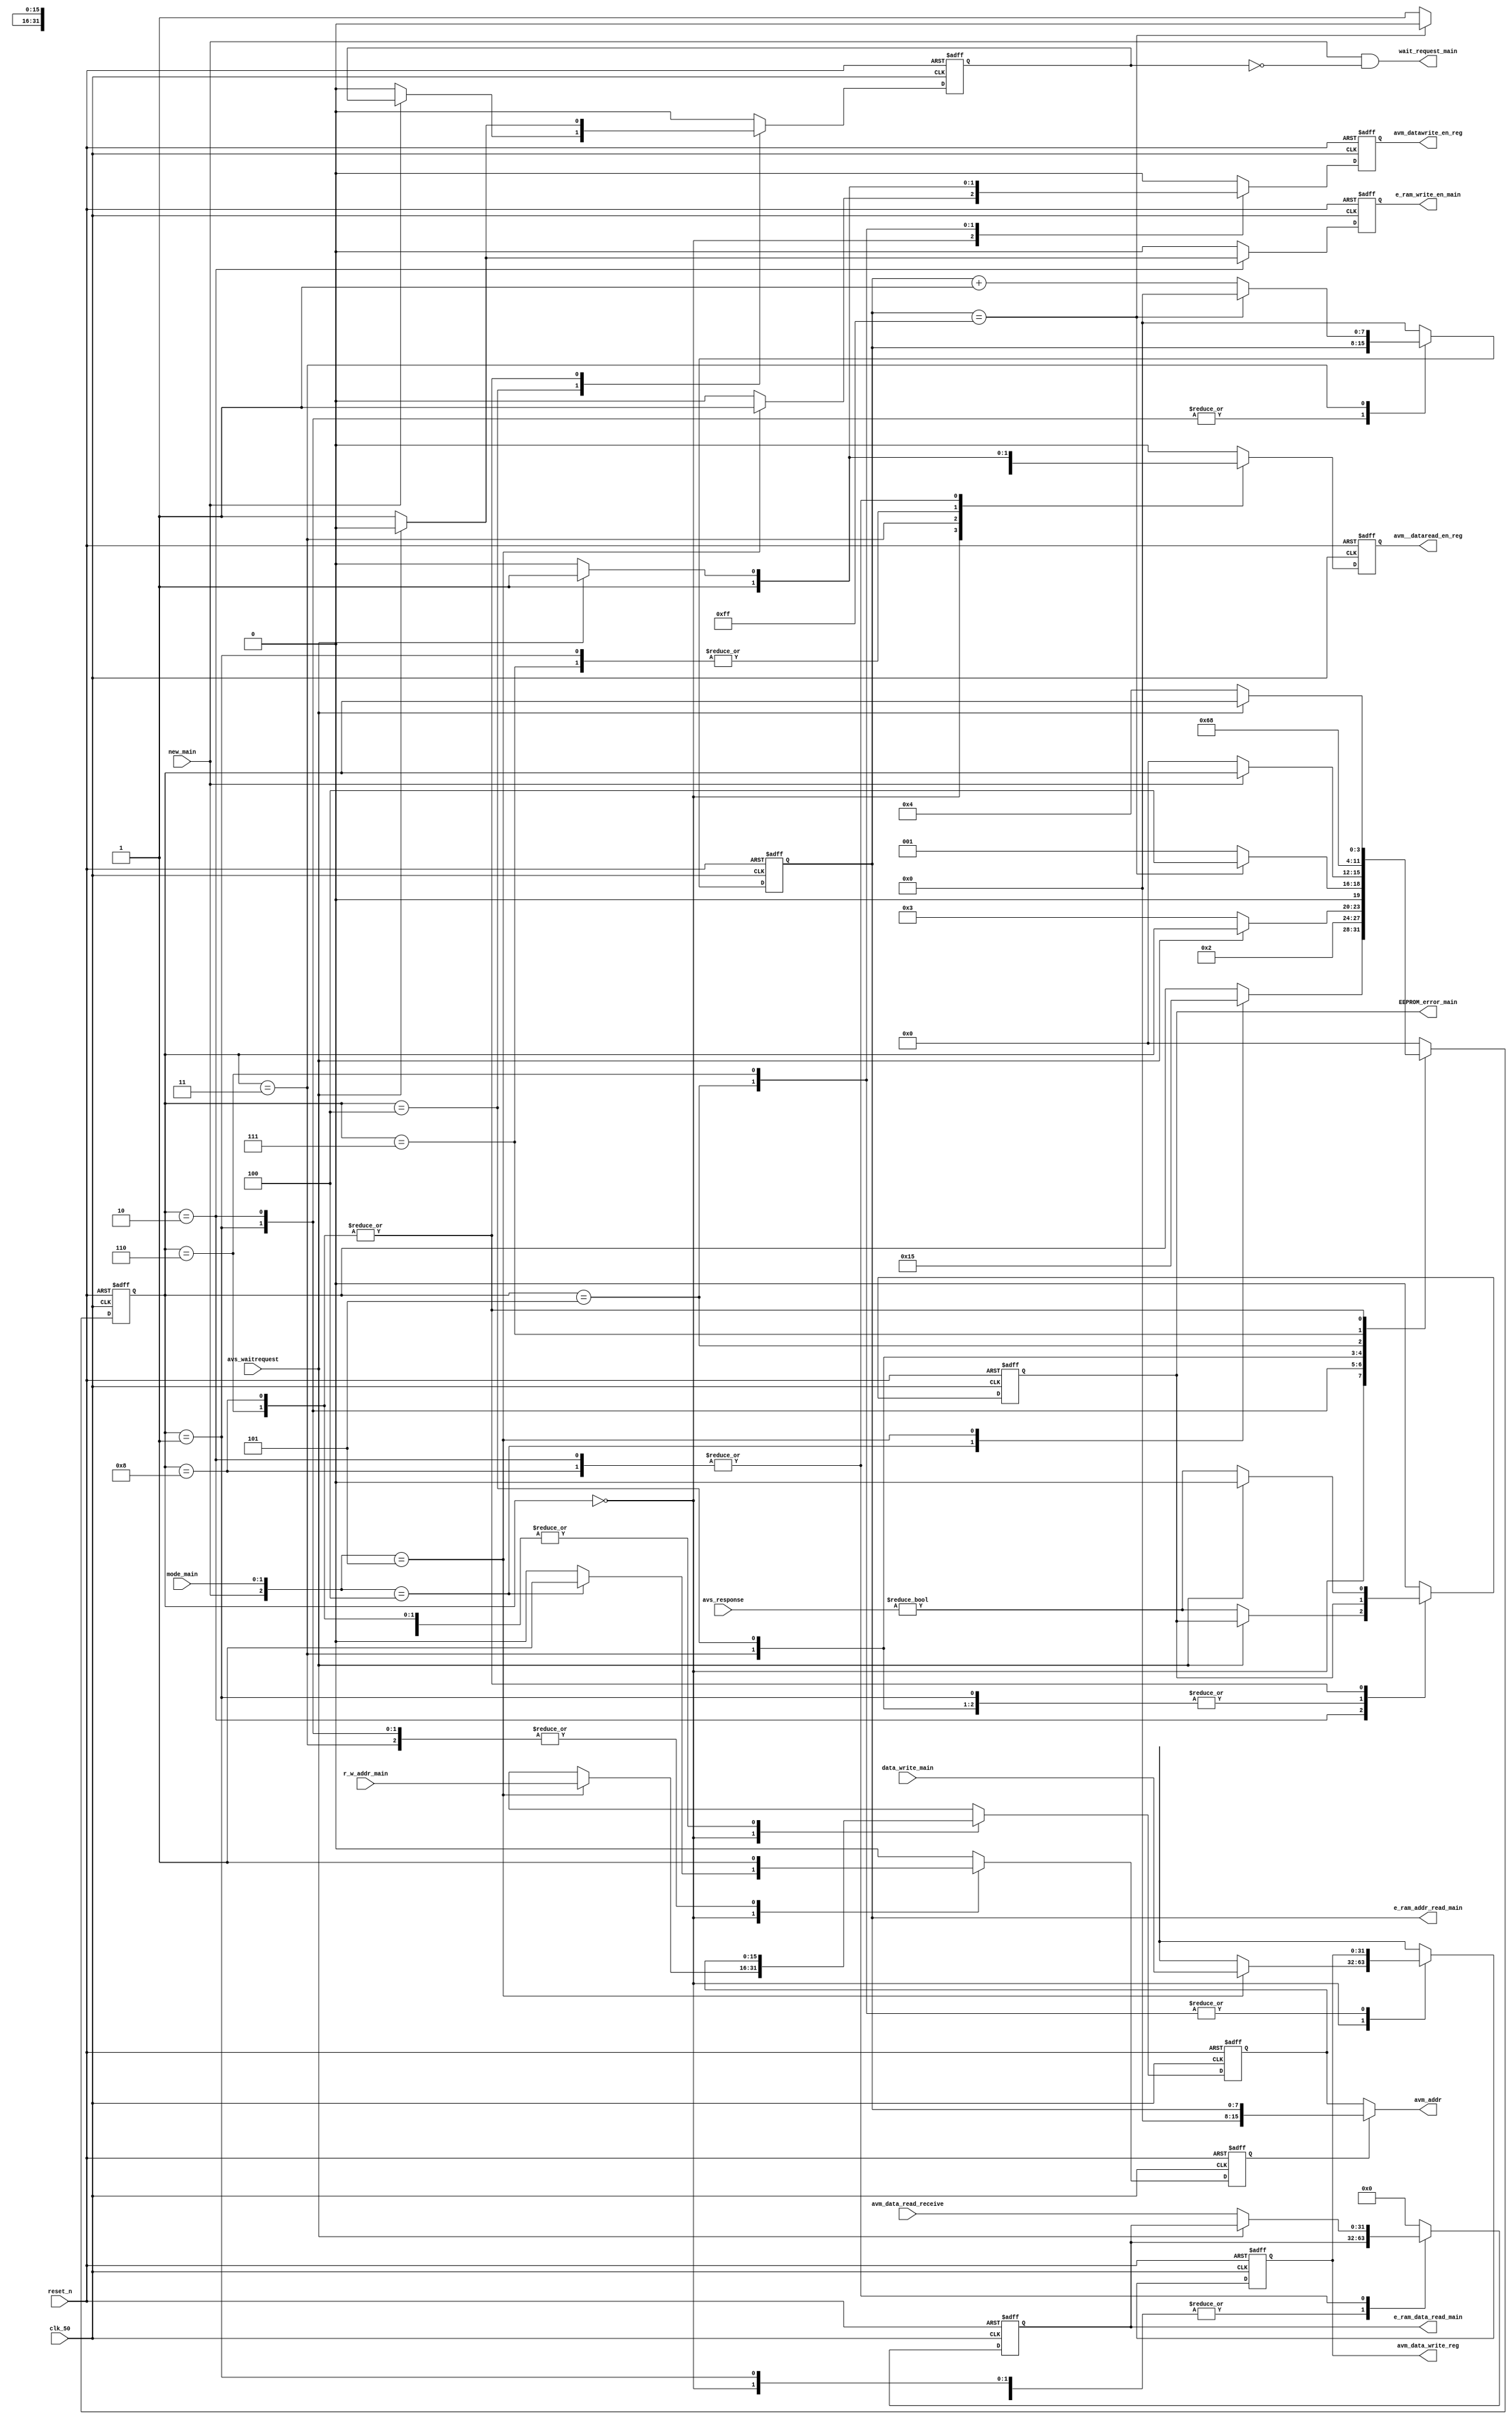
module avm_main(
	input reset_n,
	input clk_50,//50 MHz
	
	//main controller
	input [31:0] data_write_main,
	input [1:0] mode_main, //00- Normal operation, 01-EEPROM read full, 10-singlewrite, 11-single read
	output [31:0] e_ram_data_read_main,
	input [15:0] r_w_addr_main,
	output [7:0] e_ram_addr_read_main,//EEPROM_addr
	output reg e_ram_write_en_main,
	output reg EEPROM_error_main,
	output wait_request_main,
	input new_main,//00-boot 01-write 10-read
	
	//avs
	input [1:0] avs_response,
	input avs_waitrequest,
	output [15:0] avm_addr,
	output reg [31:0] avm_data_write_reg,
	input [31:0] avm_data_read_receive,
	output reg avm_datawrite_en_reg,
	output reg avm__dataread_en_reg
	
	
	);
	
	reg [31:0] avm_data_read_receive_reg;
	reg [15:0] avm_r_w_addr_reg;
	reg [7:0] counter_reg;
	reg avm_mode_reg;
	reg avm_boot_reg;
	reg [3:0] avm_state;
	
	
	assign e_ram_addr_read_main=counter_reg;
	and new_requet_and(wait_request_main,new_main,~avm_mode_reg);
	assign avm_addr=(avm_boot_reg)? {8'b0,counter_reg}:avm_r_w_addr_reg;
	assign e_ram_data_read_main=avm_data_read_receive_reg;
	
	parameter avm_ideal=4'd0,avm_boot_init=4'd1,avm_boot_wait=4'd2,avm_boot_next_addr=4'd3,avm_wait_low_new_main=4'd4,avm_write_init=4'd5,avm_write_wait=4'd6,avm_read_init=4'd7,avm_read_wait=4'd8;
	
	always @(posedge clk_50 or negedge reset_n)
		begin	
			if(~reset_n)
				begin	
					counter_reg<=8'b0;
					avm_mode_reg<=1'b0;// 0-ideal/processing 1-ready
					avm_datawrite_en_reg<=1'b0;
					avm__dataread_en_reg<=1'b0;
					avm_state<=4'b0;
					e_ram_write_en_main<=1'b0;
					avm_data_read_receive_reg<=32'b0;
					avm_data_write_reg<=32'b0;
					avm_boot_reg<=1'b0;
					avm_r_w_addr_reg<=16'b0;
					EEPROM_error_main<=1'b0;
				end
			else	
				begin	
					case(avm_state)
						avm_ideal:
							begin	
								counter_reg<=8'b0;
								avm_mode_reg<=1'b0;
								e_ram_write_en_main<=1'b0;
								avm_data_read_receive_reg<=avm_data_read_receive_reg;
								EEPROM_error_main<=1'b0;
								casex({new_main,mode_main})
									3'b0xx:
										begin
											avm_state<=avm_state;
											avm_datawrite_en_reg<=1'b0;
											avm__dataread_en_reg<=1'b0;
											avm_boot_reg<=1'b0;
											avm_data_write_reg<=32'bx;
											avm_r_w_addr_reg<=16'bx;
										end
									3'b100:
										begin
											avm_state<=avm_boot_init;
											avm_datawrite_en_reg<=1'b0;
											avm__dataread_en_reg<=1'b1;
											avm_boot_reg<=1'b1;
											avm_data_write_reg<=32'bx;
											avm_r_w_addr_reg<=16'bx;
										end
									3'b101:
										begin
											avm_state<=avm_write_init;
											avm_datawrite_en_reg<=1'b1;
											avm__dataread_en_reg<=1'b0;
											avm_boot_reg<=1'b0;
											avm_data_write_reg<=data_write_main;
											avm_r_w_addr_reg<=r_w_addr_main;
										end
									3'b100:
										begin
											avm_state<=avm_read_init;
											avm_datawrite_en_reg<=1'b0;
											avm__dataread_en_reg<=1'b1;
											avm_boot_reg<=1'b0;
											avm_data_write_reg<=32'bx;
											avm_r_w_addr_reg<=r_w_addr_main;
										end
									default:
										begin
											avm_state<=avm_state;
											avm_datawrite_en_reg<=1'b0;
											avm__dataread_en_reg<=1'b0;
											avm_boot_reg<=1'b0;
											avm_data_write_reg<=32'bx;
											avm_r_w_addr_reg<=16'bx;
										end
								endcase
							end
						avm_boot_init:
							begin
								counter_reg<=counter_reg;
								avm_mode_reg<=1'b0;
								avm_datawrite_en_reg<=1'b0;
								avm__dataread_en_reg<=1'b1;
								avm_boot_reg<=1'b1;
								e_ram_write_en_main<=1'b0;
								avm_state<=avm_boot_wait;
								avm_data_read_receive_reg<=avm_data_read_receive_reg;
								avm_data_write_reg<=32'bx;
								avm_r_w_addr_reg<=16'bx;
								EEPROM_error_main<=EEPROM_error_main;
							end
						avm_boot_wait:
							begin
								counter_reg<=counter_reg;
								avm_datawrite_en_reg<=1'b0;
								avm_boot_reg<=1'b1;
								avm_mode_reg<=1'b0;
								avm_data_write_reg<=32'bx;
								avm_r_w_addr_reg<=16'bx;
								if(avs_waitrequest)
									begin	
										avm_state<=avm_state;
										avm_data_read_receive_reg<=avm_data_read_receive_reg;
										e_ram_write_en_main<=1'b0;
										avm__dataread_en_reg<=1'b1;
										EEPROM_error_main<=EEPROM_error_main;
									end
								else	
									begin
										avm_state<=avm_boot_next_addr;
										avm_data_read_receive_reg<=avm_data_read_receive;
										e_ram_write_en_main<=1'b1;
										avm__dataread_en_reg<=1'b0;
										EEPROM_error_main<=(avs_response!=2'b00);//00-okay
									end	
							end
						avm_boot_next_addr:
							begin
								avm_mode_reg<=1'b0;
								avm_boot_reg<=1'b1;
								avm_datawrite_en_reg<=1'b0;
								e_ram_write_en_main<=1'b0;
								avm_data_read_receive_reg<=avm_data_read_receive_reg;
								avm_data_write_reg<=32'bx;
								avm_r_w_addr_reg<=16'bx;
								EEPROM_error_main<=EEPROM_error_main;
								if(counter_reg==8'b11111111)
									begin
										avm_state<=avm_wait_low_new_main;
										counter_reg<=8'b0;
										avm__dataread_en_reg<=1'b0;
									end
								else
									begin
										avm_state<=avm_boot_init;
										counter_reg<=counter_reg+8'b1;
										avm__dataread_en_reg<=1'b1;
									end
							end
						avm_wait_low_new_main:
							begin
								counter_reg<=8'b0;
								avm_boot_reg<=1'b0;
								e_ram_write_en_main<=1'b0;
								avm__dataread_en_reg<=1'b0;
								avm_datawrite_en_reg<=1'b0;
								avm_data_read_receive_reg<=avm_data_read_receive_reg;
								avm_data_write_reg<=32'bx;
								avm_r_w_addr_reg<=16'bx;
								EEPROM_error_main<=EEPROM_error_main;
								if(new_main)
									begin
										avm_state<=avm_state;
										avm_mode_reg<=avm_mode_reg;
									end
								else
									begin
										avm_state<=avm_ideal;
										avm_mode_reg<=1'b0;
									end
							
							end
						avm_write_init:
							begin
								counter_reg<=8'b0;
								avm_mode_reg<=1'b0;
								avm_datawrite_en_reg<=1'b1;
								avm__dataread_en_reg<=1'b0;
								avm_boot_reg<=1'b0;
								e_ram_write_en_main<=1'b0;
								avm_state<=avm_write_wait;
								avm_data_read_receive_reg<=avm_data_read_receive_reg;
								avm_data_write_reg<=avm_data_write_reg;
								avm_r_w_addr_reg<=avm_r_w_addr_reg;
								EEPROM_error_main<=1'b0;
							end
						avm_write_wait:
							begin
								counter_reg<=8'b0;
								avm__dataread_en_reg<=1'b0;
								avm_boot_reg<=1'b0;
								avm_data_read_receive_reg<=avm_data_read_receive_reg;
								avm_data_write_reg<=avm_data_write_reg;
								avm_r_w_addr_reg<=avm_r_w_addr_reg;
								e_ram_write_en_main<=1'b0;
								if(avs_waitrequest)
									begin	
										avm_state<=avm_state;
										avm_mode_reg<=1'b0;
										EEPROM_error_main<=1'b0;
										avm_datawrite_en_reg<=1'b1;
									end
								else	
									begin
										avm_state<=avm_wait_low_new_main;
										avm_mode_reg<=1'b1;
										avm_datawrite_en_reg<=1'b0;
										EEPROM_error_main<=(avs_response!=2'b00);//00-okay
									end	
							end
						avm_read_init:
							begin
								counter_reg<=8'b0;
								avm_mode_reg<=1'b0;
								avm_datawrite_en_reg<=1'b0;
								avm__dataread_en_reg<=1'b1;
								avm_boot_reg<=1'b0;
								e_ram_write_en_main<=1'b0;
								avm_state<=avm_read_wait;
								avm_data_read_receive_reg<=avm_data_read_receive_reg;
								avm_data_write_reg<=32'bx;
								avm_r_w_addr_reg<=avm_r_w_addr_reg;
								EEPROM_error_main<=1'b0;
							end
						avm_read_wait:
							begin
								counter_reg<=8'b0;
								avm_datawrite_en_reg<=1'b0;
								avm_boot_reg<=1'b0;
								e_ram_write_en_main<=1'b0;
								avm_data_write_reg<=32'bx;
								avm_r_w_addr_reg<=avm_r_w_addr_reg;
								if(avs_waitrequest)
									begin	
										avm_state<=avm_state;
										avm_data_read_receive_reg<=avm_data_read_receive_reg;
										avm__dataread_en_reg<=1'b1;
										avm_mode_reg<=1'b0;
										EEPROM_error_main<=1'b0;
									end
								else	
									begin
										avm_state<=avm_wait_low_new_main;
										avm_data_read_receive_reg<=avm_data_read_receive;
										avm__dataread_en_reg<=1'b0;
										avm_mode_reg<=1'b1;
										EEPROM_error_main<=(avs_response!=2'b00);//00-okay
									end	
							end
						default:
							begin
								counter_reg<=8'b0;
								avm_mode_reg<=1'b0;// 0-ideal/processing 1-ready
								avm_datawrite_en_reg<=1'b0;
								avm__dataread_en_reg<=1'b0;
								avm_state<=4'b0;
								e_ram_write_en_main<=1'b0;
								avm_data_read_receive_reg<=32'b0;
								avm_boot_reg<=1'b0;
								avm_data_write_reg<=32'bx;
								avm_r_w_addr_reg<=16'bx;
								EEPROM_error_main<=1'b0;
							end
					endcase
				end
		end



	endmodule